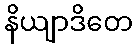
နိယျာဒိတေ